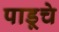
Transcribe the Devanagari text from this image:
पाडूचे